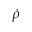
\dot { \rho }